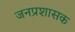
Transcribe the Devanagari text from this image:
जनप्रशासक